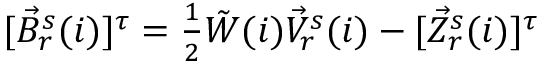
\begin{array} { r } { [ \vec { B } _ { r } ^ { s } ( i ) ] ^ { \tau } = \frac { 1 } { 2 } \tilde { W } ( i ) \vec { V } _ { r } ^ { s } ( i ) - [ \vec { Z } _ { r } ^ { s } ( i ) ] ^ { \tau } } \end{array}